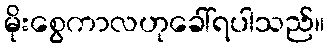
မိုးစွေကာလဟုခေါ်ရပါသည်။